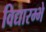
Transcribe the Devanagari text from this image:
विद्यारम्भे